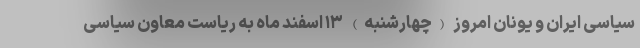
سیاسی ایران و یونان امروز (چهارشنبه) ۱۳ اسفند ماه به ریاست معاون سیاسی